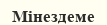
Мінездеме